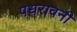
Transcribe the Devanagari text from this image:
पधरावनी